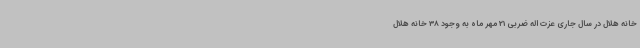
خانه هلال در سال جاری عزت اله ضربی 21 مهر ماه به وجود 38 خانه هلال